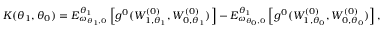
\begin{array} { r } { K ( \theta _ { 1 } , \theta _ { 0 } ) = E _ { \omega _ { \theta _ { 1 } , 0 } } ^ { \theta _ { 1 } } \left[ g ^ { 0 } ( W _ { 1 , \theta _ { 1 } } ^ { ( 0 ) } , W _ { 0 , \theta _ { 1 } } ^ { ( 0 ) } ) \right] - E _ { \omega _ { \theta _ { 0 } , 0 } } ^ { \theta _ { 1 } } \left[ g ^ { 0 } ( W _ { 1 , \theta _ { 0 } } ^ { ( 0 ) } , W _ { 0 , \theta _ { 0 } } ^ { ( 0 ) } ) \right] , } \end{array}